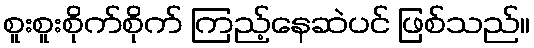
စူးစူးစိုက်စိုက် ကြည့်နေဆဲပင် ဖြစ်သည်။